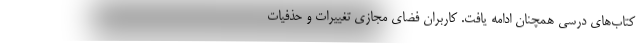
کتاب‌های درسی همچنان ادامه یافت. کاربران فضای مجازی تغییرات و حذفیات